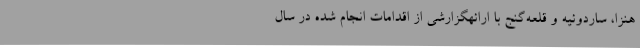
هنزا، ساردوئیه و قلعه‌گنج با ارائهگزارشی از اقدامات انجام شده در سال